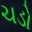
ચડો